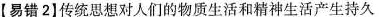
【易错2】传统思想对人们的物质生活和精神生活产生持久